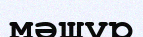
мәшүр